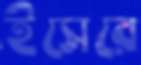
ইসেরে